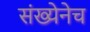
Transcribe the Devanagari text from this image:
संख्येनेच